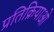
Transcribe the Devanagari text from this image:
प्रतिक्रियाओ